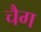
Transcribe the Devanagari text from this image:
चैग